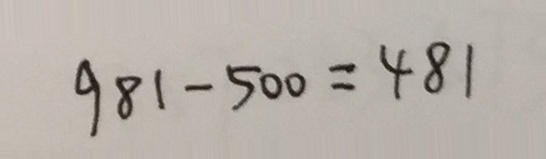
9 8 1 - 5 0 0 = 4 8 1